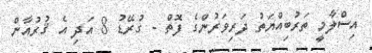
އިސްލާމީ ތަރުބިއްޔަތު ދަރިވަރުންގެ ފޮތް - ގުރޭޑު 8 އަދި އެ ޤުރުއާން